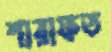
শারাফত